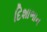
દિશાભાન